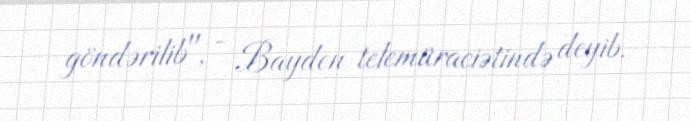
göndərilib", - Bayden telemüraciətində deyib.